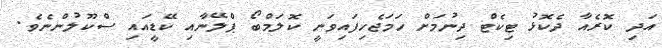
އަދި ކޮރެއާ ދެކޮޅު ޓިކެޓް ދިނުމަށް ހަމަޖެހިފައިވަނީ ކޮލަމްބޯ ޕްލޭނާއި ކޭޑީއައި ސްކޫލުންނެވެ.